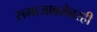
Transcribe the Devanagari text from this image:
समाजाबरोबरही